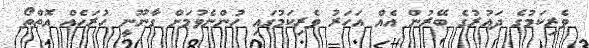
ވެރިކަމުގެ ދައުރުގެ ބޭރުން އެއް އަހަރު ވެރިކަމުގައި ހުންނެވުމަށް ގާނޫނީ ހުރަހެއް އޮތްތޯ